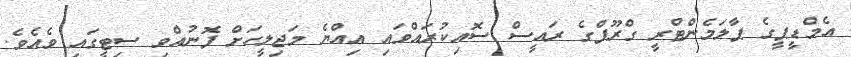
އެމްޑީޕީގެ ޕާލަމެންޓްރީ ގްރޫޕްގެ ރައީސް ސޮއިކުރައްވައި އިއްޔެ މަޖިލީހަށް ފޮނުއްވި ސިޓީގައި ވެއެވެ.